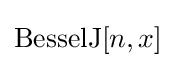
{\rm {BesselJ}}[n,x]